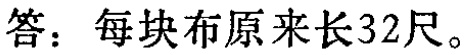
答：每块布原来长32尺。